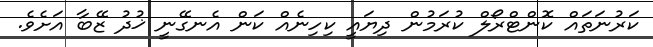
ކަރުނަތައް ކޮންޓްރޯލް ކުރަމުން ދިޔައީ ކިހިނެއް ކަން އެނގޭނީ ޚުދު ޒޭބާ އަށެވެ.